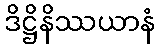
ဒိဋ္ဌိနိဿယာနံ